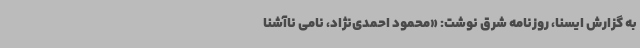
به گزارش ایسنا، روزنامه ‌شرق نوشت: «محمود احمدی‌نژاد، نامی ناآشنا